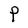
Character: P